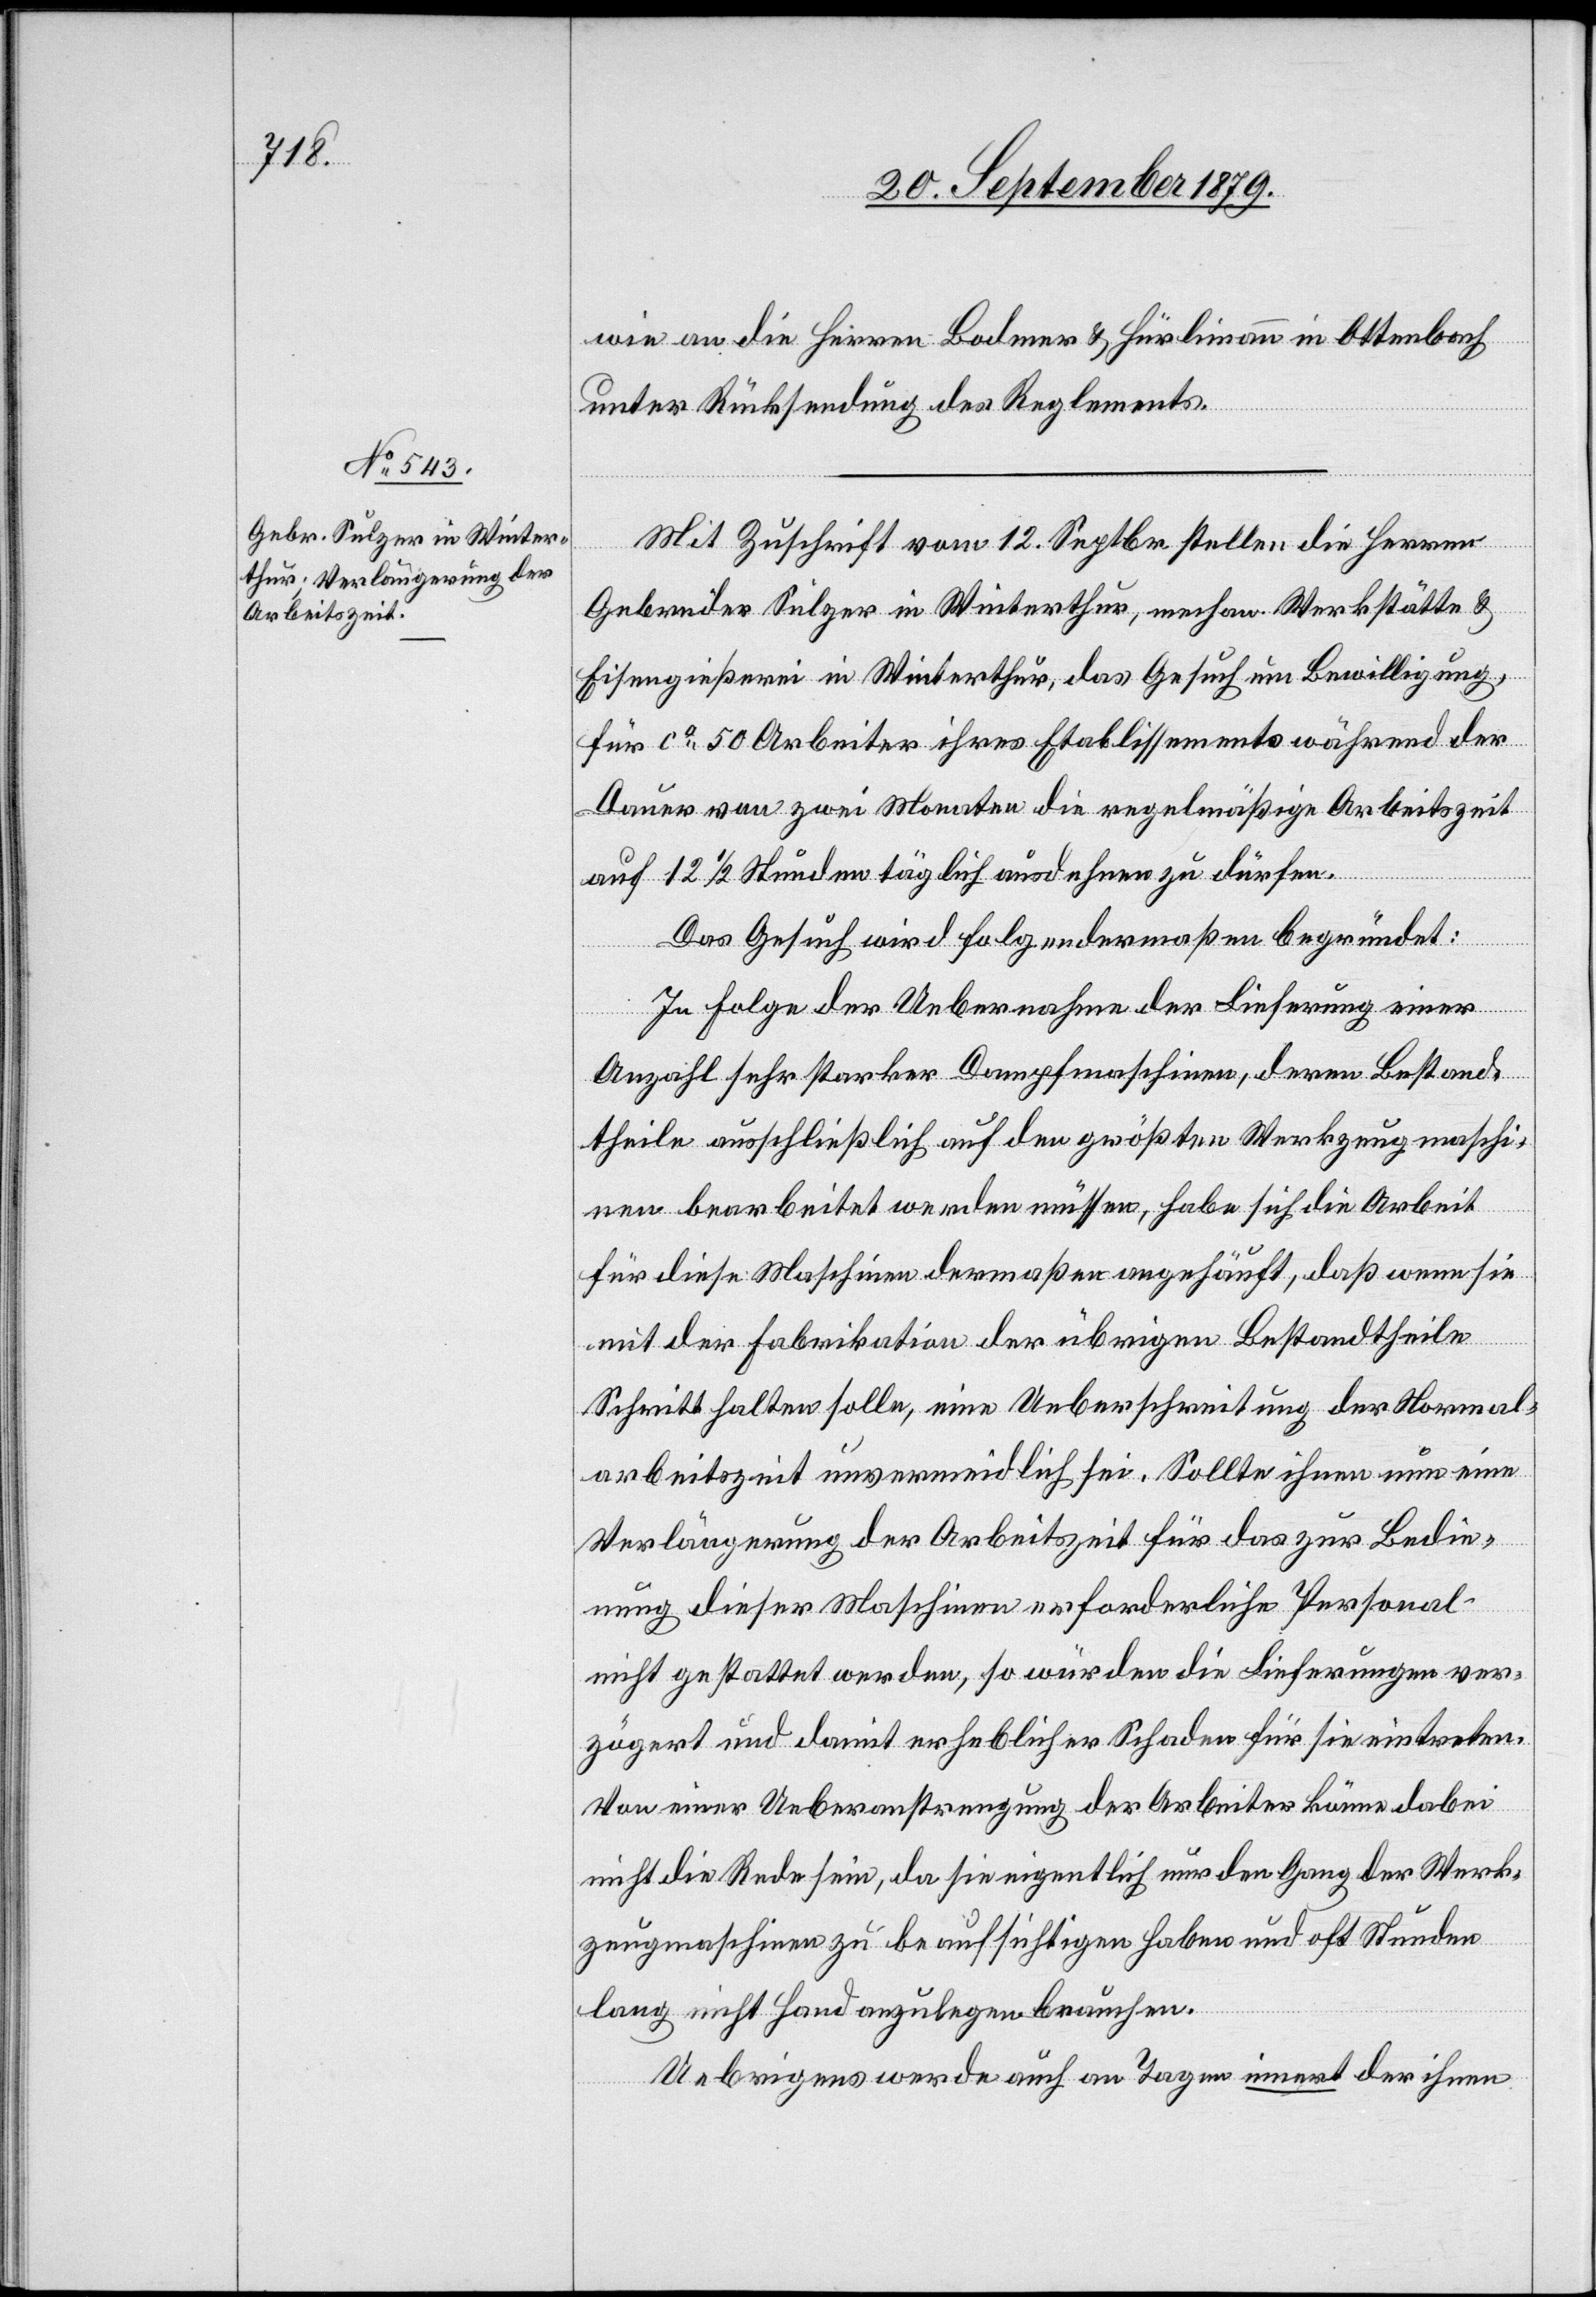
wie an die Herren Bodmer & Hürlimann in Ottenbach
unter Rücksendung des Reglements.
Mit Zuschrift vom 12. Septbr. stellen die Herren
Gebrüder Sulzer in Winterthur, mechan. Werkstätte &
Eisengießerei in Winterthur, das Gesuch um Bewilligung,
für ca 50 Arbeiter ihres Etablissements während der
Dauer von zwei Monaten die regelmäßige Arbeitszeit
auf 12 1/2 Stunden täglich ausdehnen zu dürfen.
Das Gesuch wird folgendermaßen begründet:
In Folge der Uebernahme der Lieferung einer
Anzahl sehr starker Dampfmaschinen, deren Bestand¬
theile ausschließlich auf den größten Werkzeugmaschi¬
nen bearbeitet werden müssen, habe sich die Arbeit
für diese Maschinen dermaßen angehäuft, daß wenn sie
mit der Fabrikation der übrigen Bestandtheile
Schritt halten solle, eine Ueberschreitung der Normal¬
arbeitszeit unvermeidlich sei. Sollte ihnen nun eine
Verlängerung der Arbeitszeit für das zur Bedie¬
nung dieser Maschinen erforderliche Personal
nicht gestattet werden, so würden die Lieferungen ver¬
zögert und damit erheblicher Schaden für sie eintreten.
Von einer Ueberanstrengung der Arbeiter könne dabei
nicht die Rede sein, da sie eigentlich nur den Gang der Werk¬
zeugmaschinen zu beaufsichtigen haben und oft Stunden
lang nicht Hand anzulegen brauchen.
Uebrigens werde auch an Tagen innert der ihnen